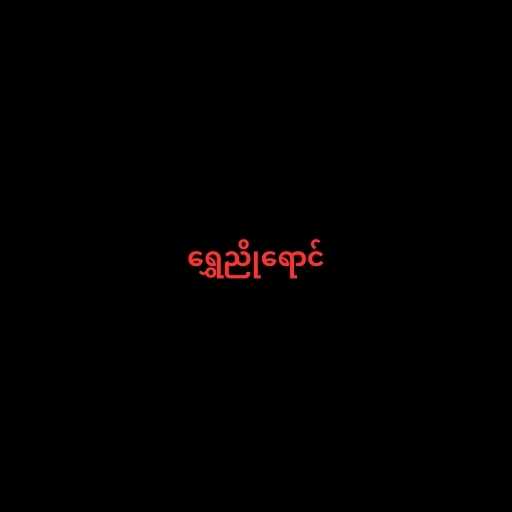
ရွှေညိုရောင်